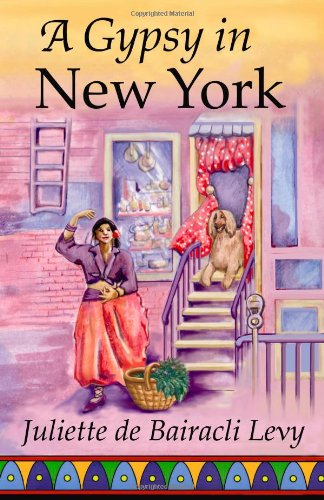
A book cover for A Gypsy in New York (Herbals of Our Foremothers); Juliette de Bairacli Levy; Religion & Spirituality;